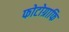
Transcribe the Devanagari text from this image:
फोटोग्राफि